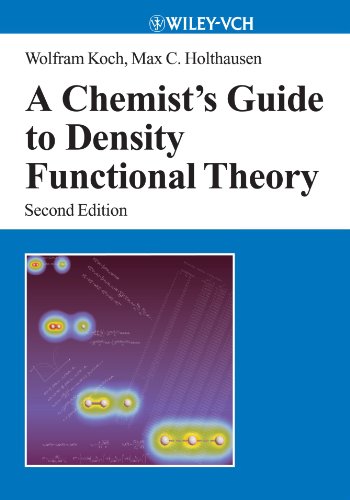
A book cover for A Chemist's Guide to Density Functional Theory, 2nd Edition; Wolfram Koch; Science & Math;